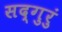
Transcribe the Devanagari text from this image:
सद्‌गुरुं